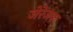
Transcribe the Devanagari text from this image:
जेरेजक